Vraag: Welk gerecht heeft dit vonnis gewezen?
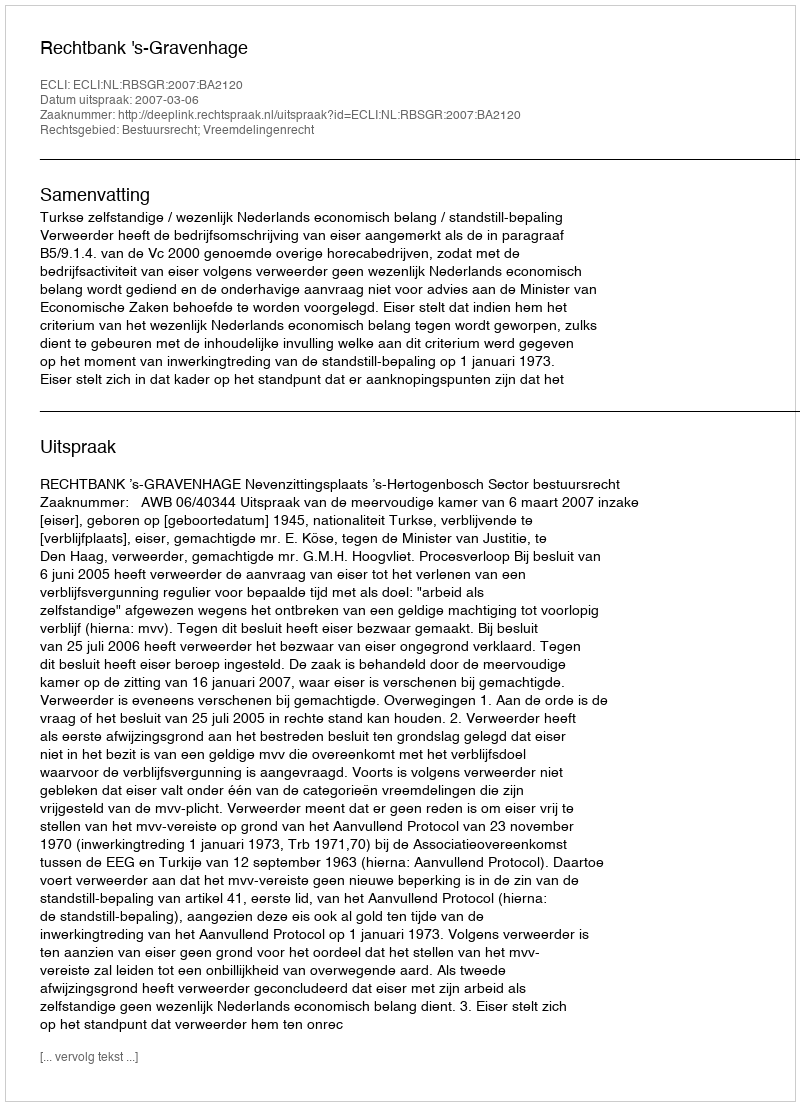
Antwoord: Rechtbank 's-Gravenhage